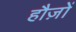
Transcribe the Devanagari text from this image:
हौज़ों